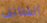
القذائف